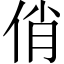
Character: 俏